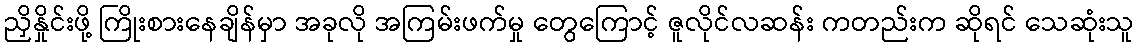
ညှိနှိုင်းဖို့ ကြိုးစားနေချိန်မှာ အခုလို အကြမ်းဖက်မှု တွေကြောင့် ဇူလိုင်လဆန်း ကတည်းက ဆိုရင် သေဆုံးသူ